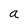
Character: a